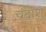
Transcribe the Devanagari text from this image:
चंद्रांशु